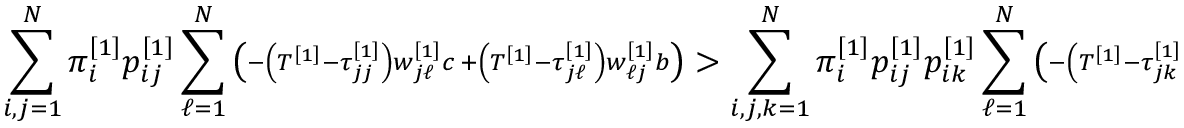
\sum _ { i , j = 1 } ^ { N } \pi _ { i } ^ { \left[ 1 \right] } p _ { i j } ^ { \left[ 1 \right] } \sum _ { \ell = 1 } ^ { N } \left( \substack { - \left( T ^ { \left[ 1 \right] } - \tau _ { j j } ^ { \left[ 1 \right] } \right) w _ { j \ell } ^ { \left[ 1 \right] } c \, + \left( T ^ { \left[ 1 \right] } - \tau _ { j \ell } ^ { \left[ 1 \right] } \right) w _ { \ell j } ^ { \left[ 1 \right] } b } \right) > \sum _ { i , j , k = 1 } ^ { N } \pi _ { i } ^ { \left[ 1 \right] } p _ { i j } ^ { \left[ 1 \right] } p _ { i k } ^ { \left[ 1 \right] } \sum _ { \ell = 1 } ^ { N } \left( \substack { - \left( T ^ { \left[ 1 \right] } - \tau _ { j k } ^ { \left[ 1 \right] } \right) w _ { k \ell } ^ { \left[ 1 \right] } c \, + \left( T ^ { \left[ 1 \right] } - \tau _ { j \ell } ^ { \left[ 1 \right] } \right) w _ { \ell k } ^ { \left[ 1 \right] } b } \right) .